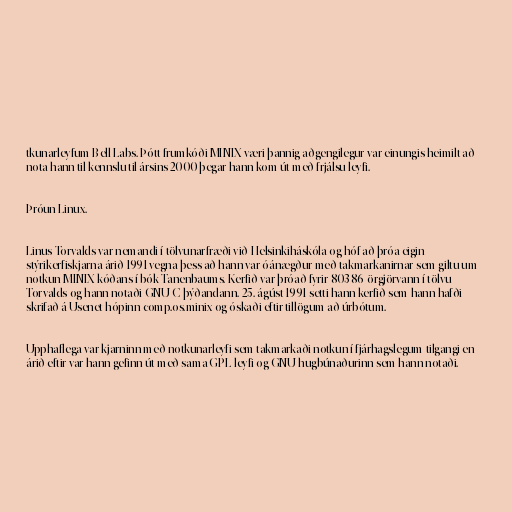
tkunarleyfum Bell Labs. Þótt frumkóði MINIX væri þannig aðgengilegur var einungis heimilt að
nota hann til kennslu til ársins 2000 þegar hann kom út með frjálsu leyfi.

Þróun Linux.

Linus Torvalds var nemandi í tölvunarfræði við Helsinkiháskóla og hóf að þróa eigin
stýrikerfiskjarna árið 1991 vegna þess að hann var óánægður með takmarkanirnar sem giltu um
notkun MINIX-kóðans í bók Tanenbaums. Kerfið var þróað fyrir 80386-örgjörvann í tölvu
Torvalds og hann notaði GNU C-þýðandann. 25. ágúst 1991 setti hann kerfið sem hann hafði
skrifað á Usenet-hópinn comp.os.minix og óskaði eftir tillögum að úrbótum.

Upphaflega var kjarninn með notkunarleyfi sem takmarkaði notkun í fjárhagslegum tilgangi en
árið eftir var hann gefinn út með sama GPL-leyfi og GNU-hugbúnaðurinn sem hann notaði.